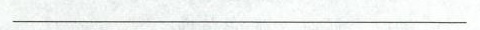
___